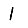
Digit: 1